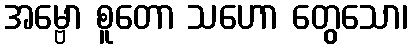
အမ္ဗော စူတော သဟော တွေသော၊